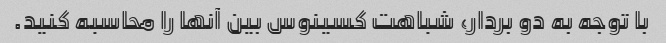
با توجه به دو بردار، شباهت کسینوس بین آنها را محاسبه کنید.